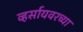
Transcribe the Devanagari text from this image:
व्हर्सायवरच्या